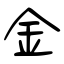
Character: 金